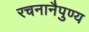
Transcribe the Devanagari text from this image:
रचनानैपुण्य